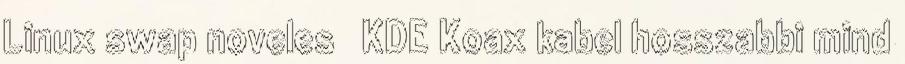
Linux swap noveles KDE Koax kabel hosszabbi mind